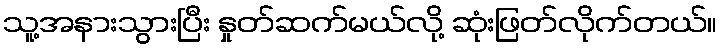
သူ့အနားသွားပြီး နှုတ်ဆက်မယ်လို့ ဆုံးဖြတ်လိုက်တယ်။